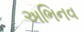
અભિનવ